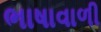
ભાષાવાળી